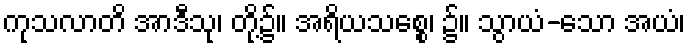
ကုသလာတိ အာဒီသု၊ တို့၌။ အရိယသစ္စေ၊ ၌။ သွာယံ-သော အယံ၊